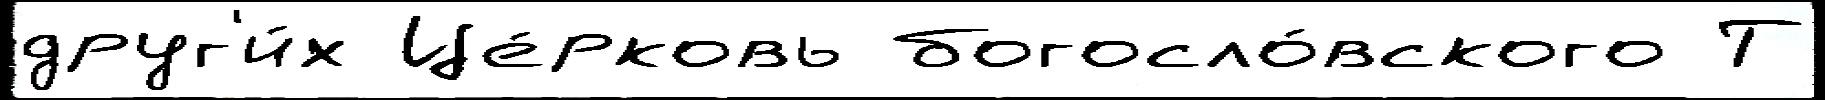
друг'и́х Це́рковь богосло́вского Т